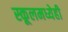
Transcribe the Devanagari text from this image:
स्कूलमध्येही